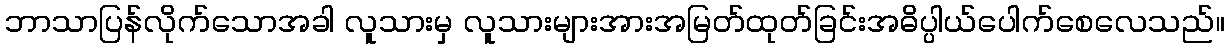
ဘာသာပြန်လိုက်သောအခါ လူသားမှ လူသားများအားအမြတ်ထုတ်ခြင်းအဓိပ္ပါယ်ပေါက်စေလေသည်။